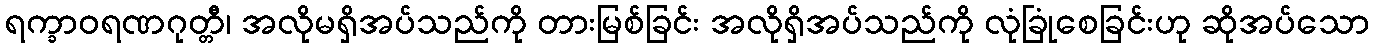
ရက္ခာဝရဏဂုတ္တီ၊ အလိုမရှိအပ်သည်ကို တားမြစ်ခြင်း အလိုရှိအပ်သည်ကို လုံခြုံစေခြင်းဟု ဆိုအပ်သော